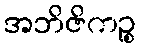
အဘိဇိကဉ္စ